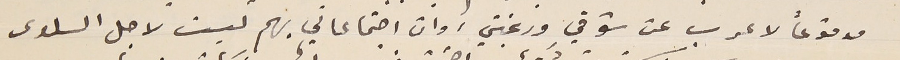
مدفوعاً لاعرب عن شوقي ورغبتي، وان اجتماعاتي بهم ليست لاجل السلوى